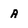
Character: A